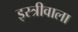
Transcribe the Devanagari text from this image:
इस्त्रीवाला